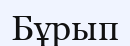
Бұрып